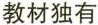
教材独有